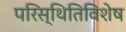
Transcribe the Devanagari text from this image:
परिस्थितिविशेष